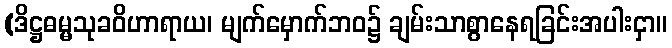
(ဒိဋ္ဌဓမ္မသုခဝိဟာရာယ၊ မျက်မှောက်ဘဝ၌ ချမ်းသာစွာနေရခြင်းအပါးငှာ။